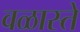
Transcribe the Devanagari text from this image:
वळास्ते